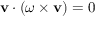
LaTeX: { \bf { v } } \cdot ( \omega \times { \bf { v } } ) = 0